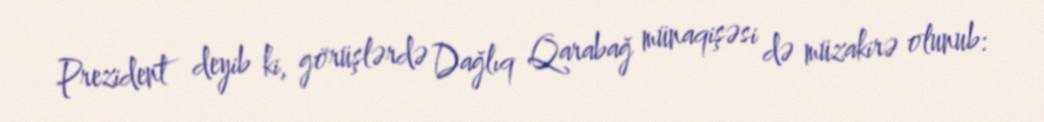
Prezident deyib ki, görüşlərdə Dağlıq Qarabağ münaqişəsi də müzakirə olunub: